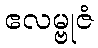
ဧလမ္ဗုဇံ